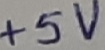
Text: +5V